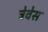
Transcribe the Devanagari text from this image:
त्रेवेस